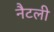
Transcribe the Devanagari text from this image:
नैटली